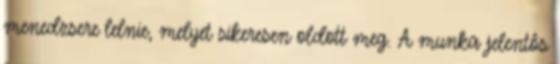
menedzsere lelnie, melyet sikeresen oldott meg. A munka jelentôs